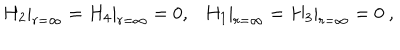
H _ { 2 } | _ { r = \infty } = H _ { 4 } | _ { r = \infty } = 0 , \ \ \ H _ { 1 } | _ { r = \infty } = H _ { 3 } | _ { r = \infty } = 0 \ ,